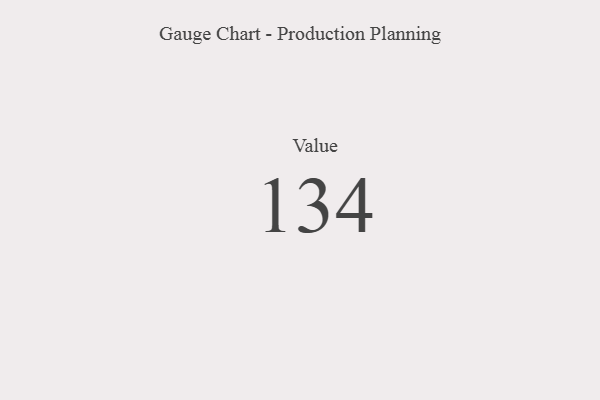
{"axis": {"x": "Metric", "y": "Value"}, "legend": [""], "data": [{"x": "Value", "y": 134, "type": ""}]}